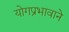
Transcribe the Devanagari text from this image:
योगप्रभावाने